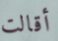
أقالت